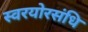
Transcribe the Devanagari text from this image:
स्वरयोरसंधि